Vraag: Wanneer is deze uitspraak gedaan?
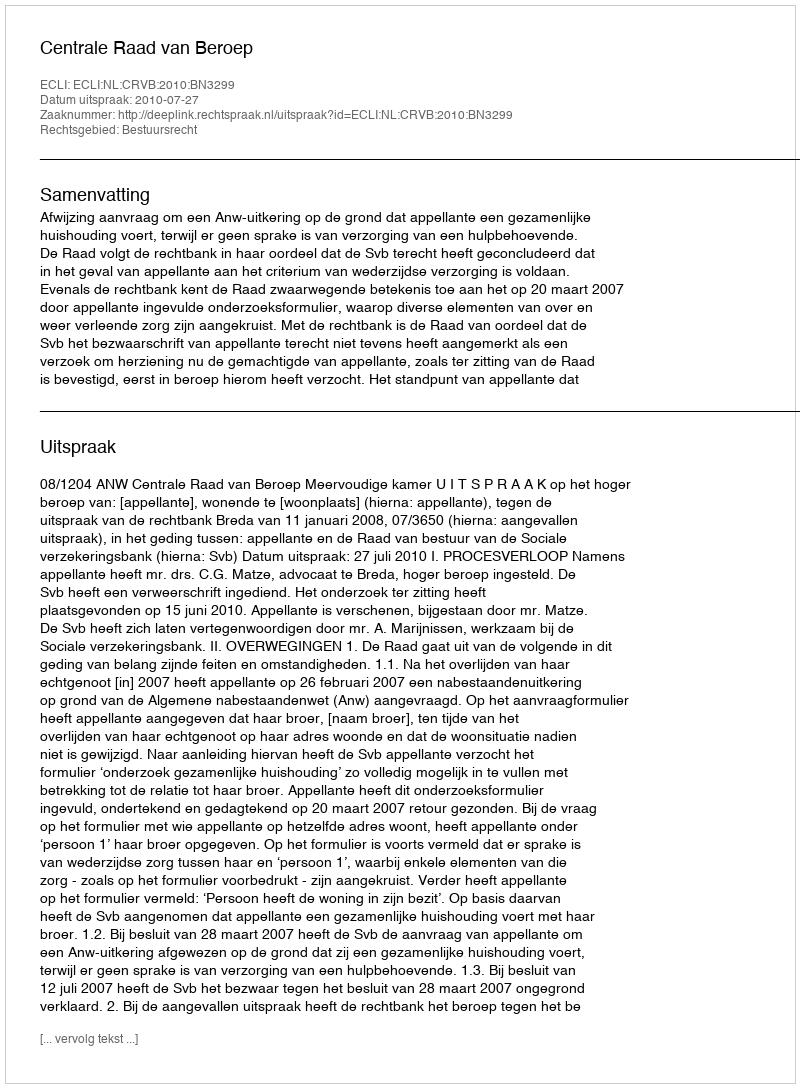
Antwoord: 2010-07-27